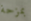
بمزحة